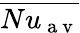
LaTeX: \overline{{Nu_{\mathrm{~a~v~}}}}